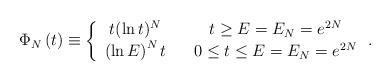
LaTeX: \begin{align*}\Phi _{N}\left( t\right) \equiv \left\{ \begin{array}{ccc}t(\ln t)^{N} & & t\geq E=E_{N}=e^{2N} \\ \left( \ln E\right) ^{N}t & & 0\leq t\leq E=E_{N}=e^{2N}\end{array}\right. . \end{align*}